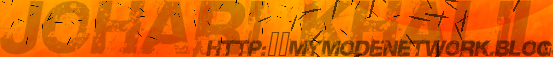
JOHARI KHALL